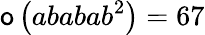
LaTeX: \mathsf{o}\left(ababab^{2}\right)=67